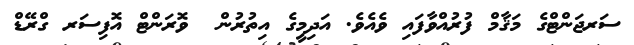
ސަރޖަންޓްގެ މަޤާާމް ފުރުއްވާފައި ވެއެވެ. އަދިމީގެ އިތުރުން  ވޮރަންޓް އޮފިސަރ ގްރޭޑް